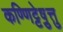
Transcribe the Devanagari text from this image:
कण्णिट्टेषु़त्तु